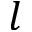
l